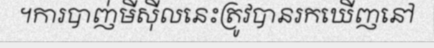
។ការបាញ់មីស៊ីលនេះត្រូវបានរកឃើញនៅ